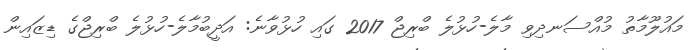
މައުލޫމާތު މުއްސަނދިވި މާލެ-ހުޅުލެ ބްރިޖް 2017 ގައި ހުޅުވާނެ: އަދީބުމާލެ-ހުޅުލެ ބްރިޖްގެ ޑިޒައިން